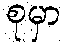
စုမှာ